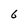
Character: 6